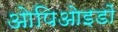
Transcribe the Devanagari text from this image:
ओपिओइडों